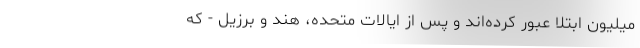
میلیون ابتلا عبور کرده‌اند و پس از ایالات متحده، هند و برزیل - که